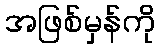
အဖြစ်မှန်ကို